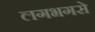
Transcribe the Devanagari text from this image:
लगभगसे